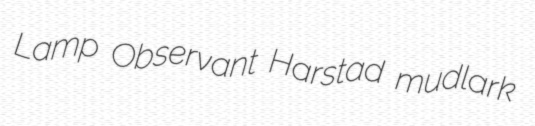
Lamp Observant Harstad mudlark